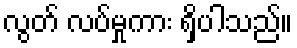
လွတ် လပ်မှုကား ရှိပါသည်။